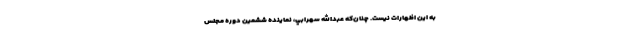
به اين اظهارات نيست. چنان‌كه عبدالله سهرابي، نماينده ششمين دوره مجلس